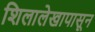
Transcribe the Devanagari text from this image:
शिलालेखापासून